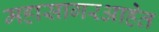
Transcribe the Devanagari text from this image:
महासागरआहेत